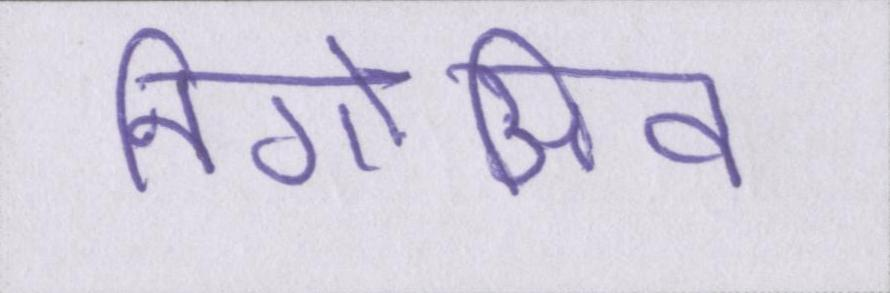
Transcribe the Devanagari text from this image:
निगेअिव